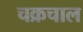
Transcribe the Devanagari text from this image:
चक्रचाल